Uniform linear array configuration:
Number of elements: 64
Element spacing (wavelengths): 1
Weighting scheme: kaiser
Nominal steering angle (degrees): -45
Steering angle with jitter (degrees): -43.861
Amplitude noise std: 0.05
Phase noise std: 0.05

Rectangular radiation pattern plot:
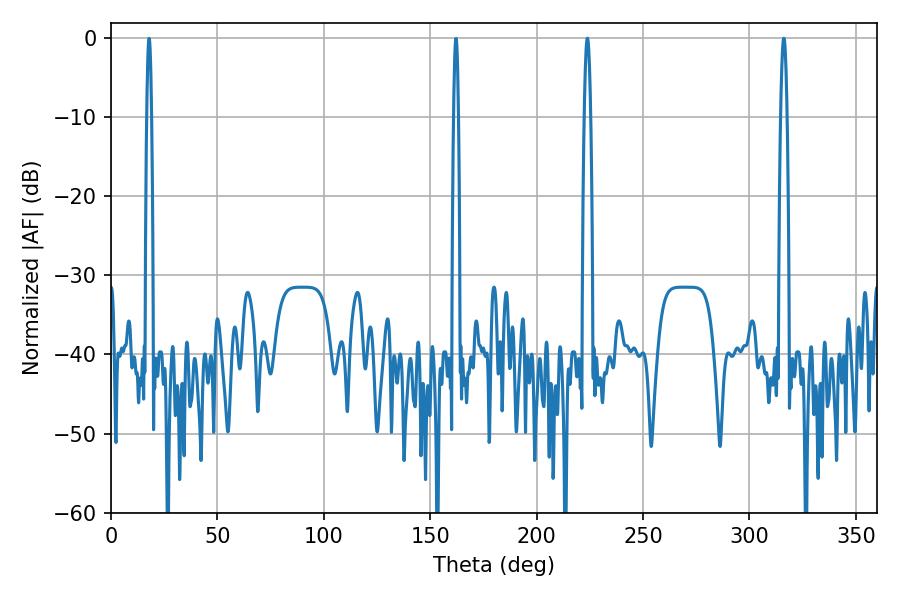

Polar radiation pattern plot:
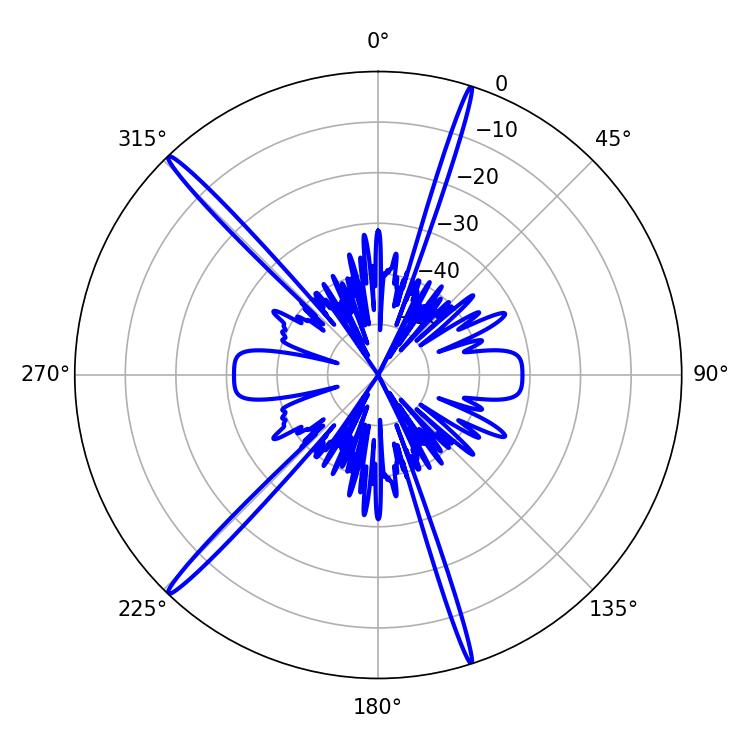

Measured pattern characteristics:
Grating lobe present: TRUE
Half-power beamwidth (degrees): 1.62
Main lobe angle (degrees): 316.08